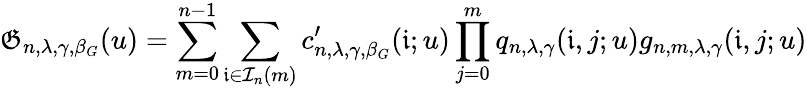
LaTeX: \mathfrak{G}_{n,\lambda,\gamma,\beta_{G}}(u)=\sum_{m=0}^{n-1}\sum_{\mathfrak{i}\in\mathcal{I}_{n}(m)}c_{n,\lambda,\gamma,\beta_{G}}^{\prime}(\mathfrak{i};u)\prod_{j=0}^{m}q_{n,\lambda,\gamma}(\mathfrak{i},j;u)g_{n,m,\lambda,\gamma}(\mathfrak{i},j;u)